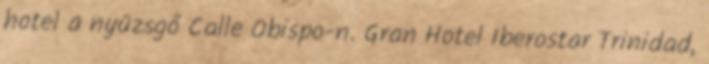
hotel a nyüzsgő Calle Obispo-n. Gran Hotel Iberostar Trinidad,